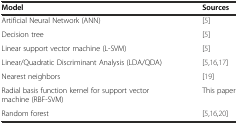
<table><thead><tr><td><b>Model</b></td><td><b>Sources</b></td></tr></thead><tbody><tr><td>Artificial Neural Network (ANN)</td><td>[5]</td></tr><tr><td>Decision tree</td><td>[5]</td></tr><tr><td>Linear support vector machine (L-SVM)</td><td>[5]</td></tr><tr><td>Linear/Quadratic Discriminant Analysis (LDA/QDA)</td><td>[5,16,17]</td></tr><tr><td>Nearest neighbors</td><td>[19]</td></tr><tr><td>Radial basis function kernel for support vector machine (RBF-SVM)</td><td>This paper</td></tr><tr><td>Random forest</td><td>[5,16,20]</td></tr></tbody></table>